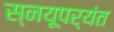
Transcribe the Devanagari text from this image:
स्नयूपर्यंत